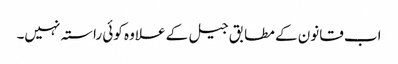
اب قانون کے مطابق جیل کے علاوہ کوئی راستہ نہیں۔